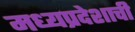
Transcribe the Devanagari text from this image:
मध्‍यप्रदेशाची